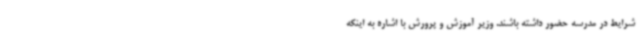
شرایط در مدرسه حضور داشته باشند. وزیر آموزش و پرورش با اشاره به اینکه